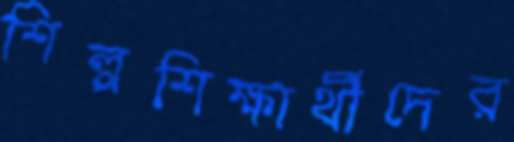
শিল্পশিক্ষার্থীদের